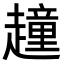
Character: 𧽿